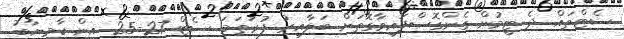
ސެޓްތައް ދެ ޓީމުން ގެންގޮސްފައިވާގޮތަށް ބަލާއިރު ފުރަތަމަ ސެޓް 27-25 އިން ކާމިޔާބު